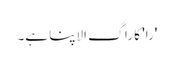
'را' کا راگ الاپنا ہے۔